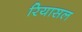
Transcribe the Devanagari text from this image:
रियासल